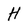
Character: H